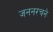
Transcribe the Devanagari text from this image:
जननरचने